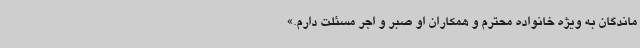
ماندگان به ویژه خانواده محترم و همکاران او صبر و اجر مسئلت دارم.»